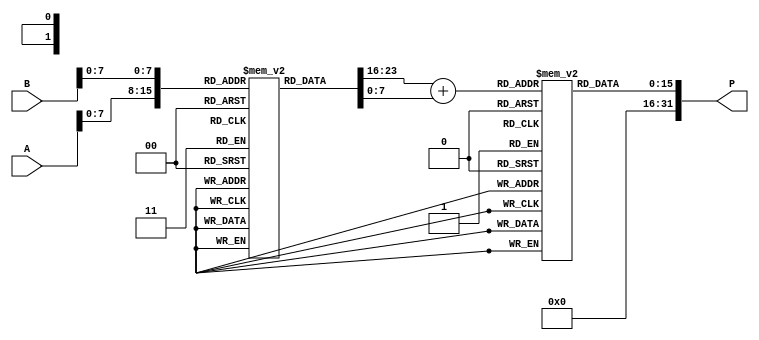
module LogarithmicMultiplier(
    input [15:0] A,  // Input A
    input [15:0] B,  // Input B
    output [31:0] P  // Output Product
);

// Parameters for the logarithm and exponential LUT (example values)
parameter LOG_LUT_SIZE = 256;  // Size of LUT
reg [15:0] log_lut [0:LOG_LUT_SIZE-1]; // Logarithm lookup table
reg [15:0] exp_lut [0:LOG_LUT_SIZE-1]; // Exponential lookup table

initial begin
    // Initialize the logarithm lookup table with precomputed values
    // log_lut[i] = ln(i/255.0) approximation for i in [1, 255]
    // Here we populate with example values, in real implementation, populate with actual values
    // log_lut[0] = 0, log_lut[1] = ...
    
    // Initialize the exponential lookup table with precomputed values
    // exp_lut[i] = e^(i/255.0) approximation for i in [0, 255]
    // exp_lut[0] = 1, exp_lut[1] = ...
end

wire [15:0] log_A; // Logarithm of A
wire [15:0] log_B; // Logarithm of B
wire [15:0] sum_log; // Sum of logarithm values

// Logarithm Unit (Using LUT)
assign log_A = log_lut[A[7:0]]; // Get log(A) from LUT, assuming A is normalized
assign log_B = log_lut[B[7:0]]; // Get log(B) from LUT, assuming B is normalized

// Adder
assign sum_log = log_A + log_B; // ln(A) + ln(B)

// Exponential Unit (Using LUT)
assign P = exp_lut[sum_log[7:0]]; // Get e^(sum_log) from LUT, assuming output is normalized

endmodule